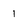
Character: 1